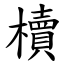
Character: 櫝